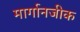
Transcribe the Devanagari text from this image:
मार्गानजीक